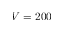
V = 2 0 0